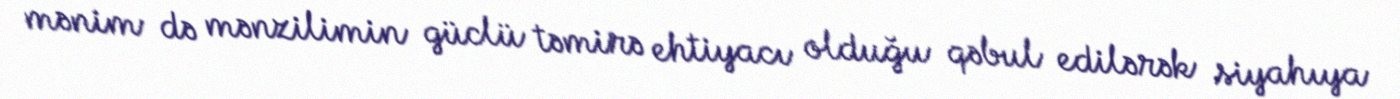
mənim də mənzilimin güclü təmirə ehtiyacı olduğu qəbul edilərək siyahıya